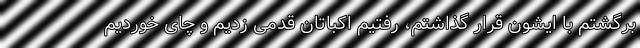
برگشتم با ایشون قرار گذاشتم، رفتیم اکباتان قدمی زدیم و چای خوردیم